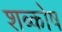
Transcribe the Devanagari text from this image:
शब्कोष